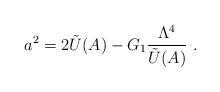
LaTeX: \begin{align*}a^2=2\tilde{U}(A) - G_1{\Lambda^{4} \over \tilde{U}(A)} \ . \end{align*}